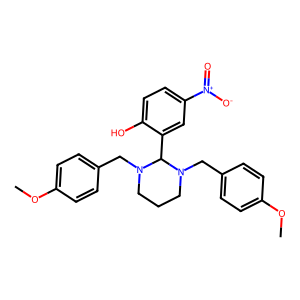
SMILES: COc1ccc(CN2CCCN(Cc3ccc(OC)cc3)C2c2cc([N+](=O)[O-])ccc2O)cc1
Inhibits HIV replication: No